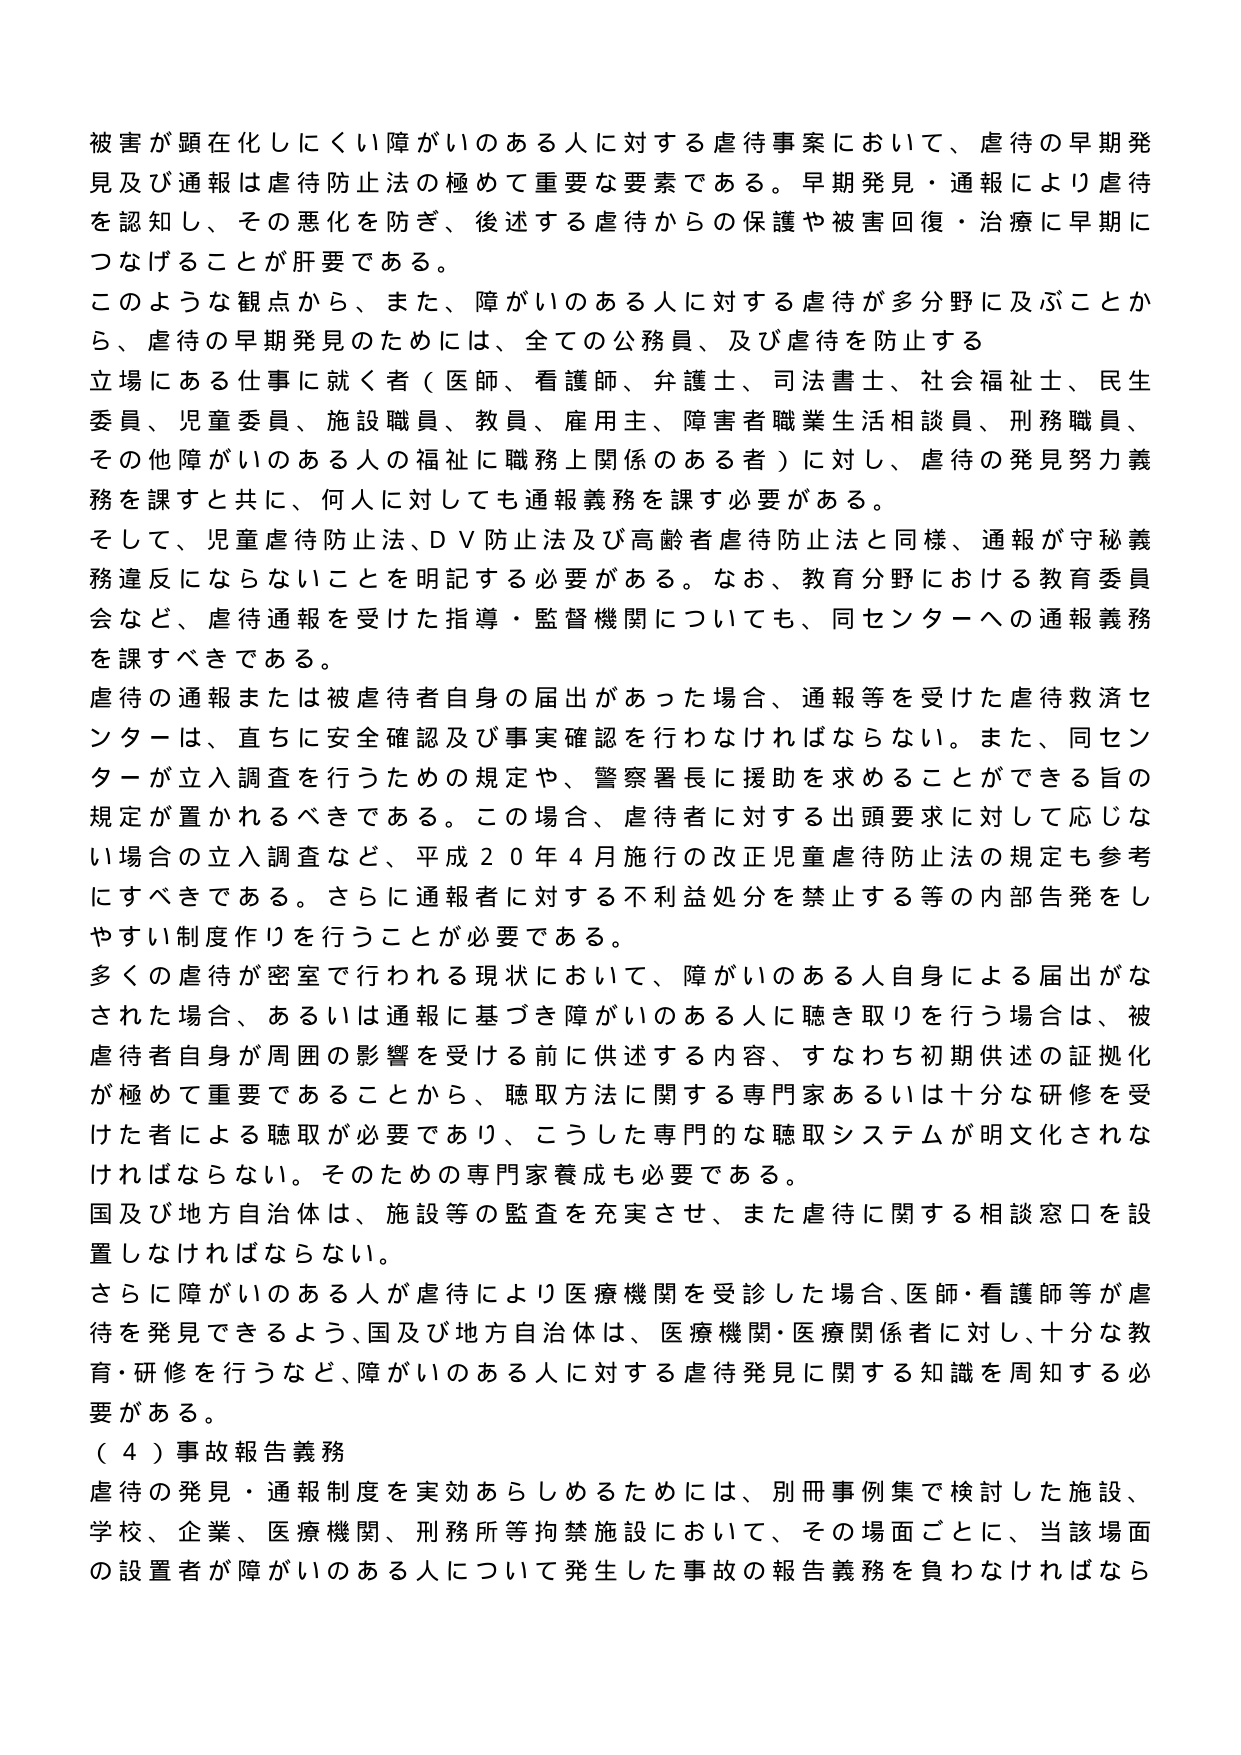
被害が顕在化しにくい障がいのある人に対する虐待事案において、虐待の早期発見及び通報は虐待防止法の極めて重要な要素である。早期発見・通報により虐待を認知し、その悪化を防ぎ、後述する虐待からの保護や被害回復・治療に早期につなげることが肝要である。

このような観点から、また、障がいのある人に対する虐待が多分野に及ぶことから、虐待の早期発見のためには、全ての公務員、及び虐待を防止する立場にある仕事に就く者（医師、看護師、弁護士、司法書士、社会福祉士、民生委員、児童委員、施設職員、教員、雇用主、障害者職業生活相談員、刑務職員、その他障がいのある人の福祉に職務上関係のある者）に対し、虐待の発見努力義務を課すと共に、何人に対しても通報義務を課す必要がある。

そして、児童虐待防止法、DV防止法及び高齢者虐待防止法と同様、通報が守秘義務違反にならないことを明記する必要がある。なお、教育分野における教育委員会など、虐待通報を受けた指導・監督機関についても、同センターへの通報義務を課すべきである。

虐待の通報または被虐待者自身の届出があった場合、通報等を受けた虐待救済センターは、直ちに安全確認及び事実確認を行わなければならない。また、同センターが立入調査を行うための規定や、警察署長に援助を求めることができる旨の規定が置かれるべきである。この場合、虐待者に対する出頭要求に対して応じない場合の立入調査など、平成20年4月施行の改正児童虐待防止法の規定も参考にすべきである。さらに通報者に対する不利益処分を禁止する等の内部告発をしやすい制度作りを行うことが必要である。

多くの虐待が密室で行われる現状において、障がいのある人自身による届出がなされた場合、あるいは通報に基づき障がいのある人に聴き取りを行う場合は、被虐待者自身が周囲の影響を受ける前に供述する内容、すなわち初期供述の証拠化が極めて重要であることから、聴取方法に関する専門家あるいは十分な研修を受けた者による聴取が必要であり、こうした専門的な聴取システムが明文化されなければならない。そのための専門家養成も必要である。

国及び地方自治体は、施設等の監査を充実させ、また虐待に関する相談窓口を設置しなければならない。

さらに障がいのある人が虐待により医療機関を受診した場合、医師・看護師等が虐待を発見できるよう、国及び地方自治体は、医療機関・医療関係者に対し、十分な教育・研修を行うなど、障がいのある人に対する虐待発見に関する知識を周知する必要がある。

（４）事故報告義務

虐待の発見・通報制度を実効あらしめるためには、別冊事例集で検討した施設、学校、企業、医療機関、刑務所等拘禁施設において、その場面ごとに、当該場面の設置者が障がいのある人について発生した事故の報告義務を負わなければなら